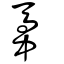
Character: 馽